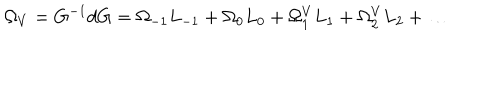
LaTeX: \Omega _ { V } = G ^ { - 1 } d G = \Omega _ { - 1 } L _ { - 1 } + \Omega _ { 0 } L _ { 0 } + \Omega _ { 1 } ^ { V } L _ { 1 } + \Omega _ { 2 } ^ { V } L _ { 2 } + \ldots